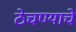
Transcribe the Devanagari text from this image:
ठेचण्याचे